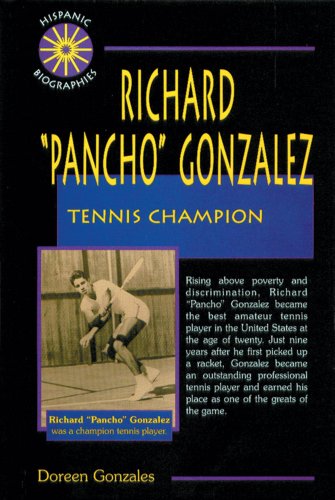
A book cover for Richard "Pancho" Gonzales: Tennis Champion (Hispanic Biographies); Doreen Gonzales; Children's Books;